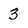
Character: 3